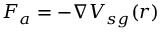
\boldsymbol { F } _ { a } = - \nabla V _ { s g } ( \boldsymbol { r } )